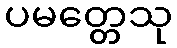
ပမတ္တေသု